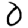
Digit: 0